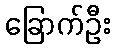
ခြောက်ဦး